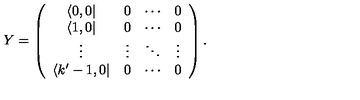
Y = \left( \begin{array} { c c c c } { \langle 0 , 0 | } & { 0 } & { \cdots } & { 0 } \\ { \langle 1 , 0 | } & { 0 } & { \cdots } & { 0 } \\ { \vdots } & { \vdots } & { \ddots } & { \vdots } \\ { \langle k ^ { \prime } - 1 , 0 | } & { 0 } & { \cdots } & { 0 } \\ \end{array} \right) .